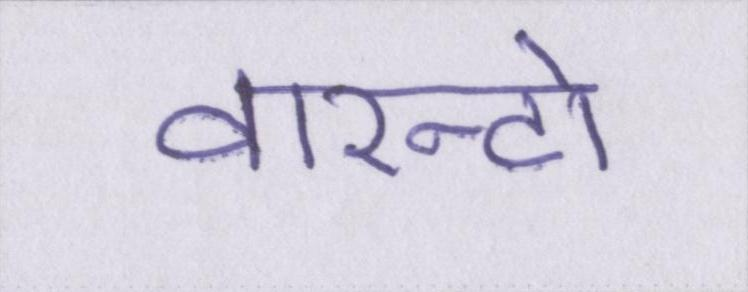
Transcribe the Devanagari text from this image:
वारन्टो